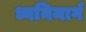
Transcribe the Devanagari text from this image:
ध्वनिमार्ग